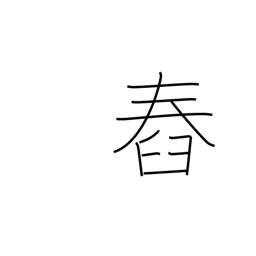
Meaning: set (sun)